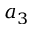
a _ { 3 }